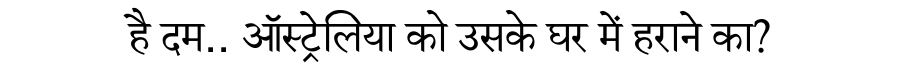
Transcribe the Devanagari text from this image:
है दम.. ऑस्ट्रेलिया को उसके घर में हराने का?